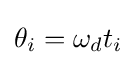
\theta _{i}=\omega _{d}t_{i}